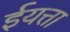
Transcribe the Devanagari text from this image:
ईयत्ता